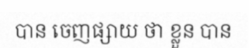
បាន ចេញផ្សាយ ថា ខ្លួន បាន